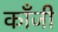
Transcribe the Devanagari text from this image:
काँजी